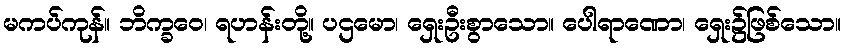
မကပ်ကုန်။ ဘိက္ခဝေ၊ ရဟန်းတို့။ ပဌမော၊ ရှေးဦးစွာသော။ ပေါရာဏော၊ ရှေး၌ဖြစ်သော။